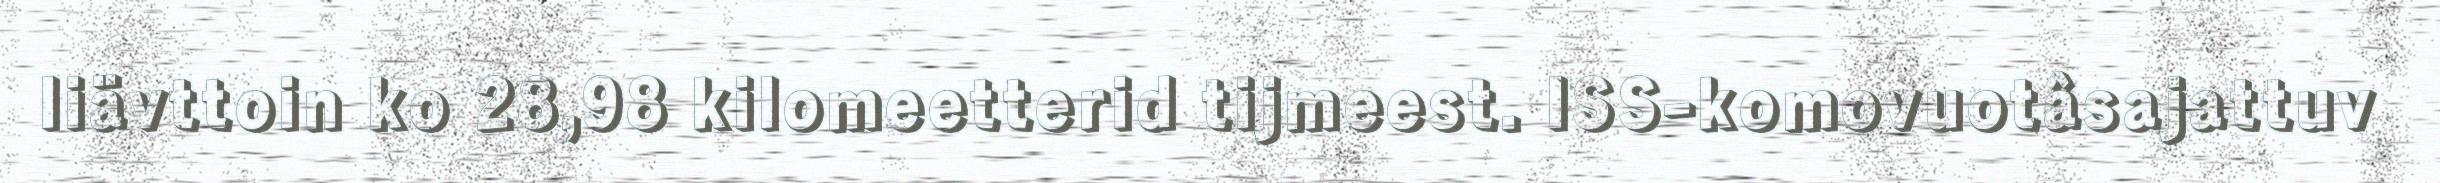
liävttoin ko 28,98 kilomeetterid tijmeest. ISS-komovuotâsajattuv